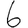
Digit: 6